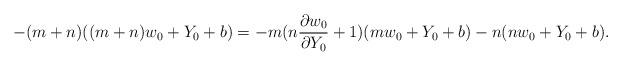
LaTeX: \begin{align*}-(m+n)((m+n)w_0+Y_0+b)=-m(n\frac{\partial w_0}{\partial Y_0}+1)(mw_0+Y_0+b)-n(nw_0+Y_0+b).\end{align*}